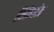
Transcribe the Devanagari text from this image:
भिंगांत